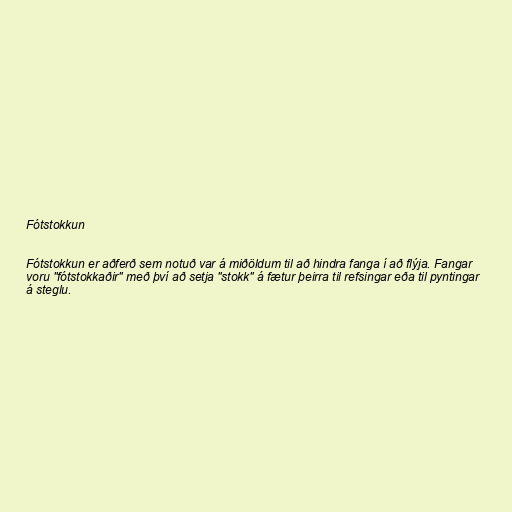
Fótstokkun

Fótstokkun er aðferð sem notuð var á miðöldum til að hindra fanga í að flýja. Fangar
voru "fótstokkaðir" með því að setja "stokk" á fætur þeirra til refsingar eða til pyntingar
á steglu.